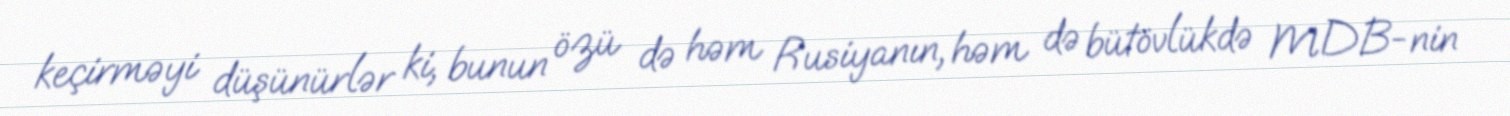
keçirməyi düşünürlər ki, bunun özü də həm Rusiyanın, həm də bütövlükdə MDB-nin